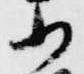
小